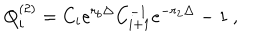
Q _ { i } ^ { ( 2 ) } = C _ { i } e ^ { r _ { b } \Delta } C _ { i + 1 } ^ { - 1 } e ^ { - r _ { 2 } \Delta } - 1 \ ,